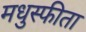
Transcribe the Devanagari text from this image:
मधुस्फीता